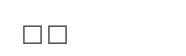
٦٠